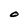
Character: O